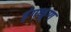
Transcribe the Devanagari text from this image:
इंगळूण